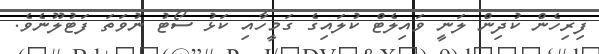
ފިރިހެން ކުދިން ލަނީ ވައިލެޓް ކުލައިގެ ގަމީހާއި ކަޅު ސޯޓު ނުވަތަ ފަޓުލޫނެވެ.